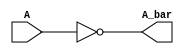
// Not Circuit - Assignment 1 - Q1 Figure 0 - A_bar

module andCircuit (A, A_bar);

input A;
output A_bar;

not not1(A_bar, A);

endmodule